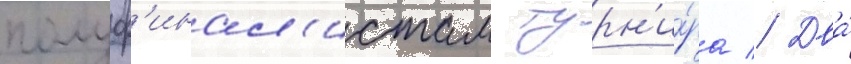
полуф'инал'истам турн'и́ра // Два́